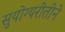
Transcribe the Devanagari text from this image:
सुयोग्यरीतीने